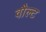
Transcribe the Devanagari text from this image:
वौल्ट